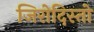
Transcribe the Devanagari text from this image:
जिरोदिस्तो